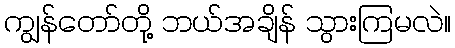
ကျွန်တော်တို့ ဘယ်အချိန် သွားကြမလဲ။